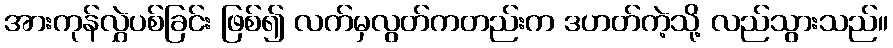
အားကုန်လွှဲပစ်ခြင်း ဖြစ်၍ လက်မှလွတ်ကတည်းက ဒဟတ်ကဲ့သို့ လည်သွားသည်။